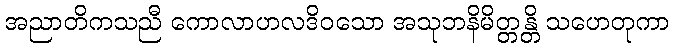
အညာတိကသညီ ကောလာဟလဒိဝသော အသုဘနိမိတ္တန္တိ သဟေတုကာ